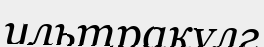
ультракүлг